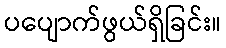
ပပျောက်ဖွယ်ရှိခြင်း။